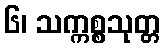
၆၊ သက္ကစ္စသုတ္တ